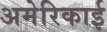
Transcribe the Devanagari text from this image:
अमेरिकाई